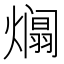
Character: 𪹹